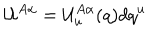
{ \mathcal U } ^ { A \alpha } = { \mathcal U } _ { u } ^ { A \alpha } ( q ) d q ^ { u }